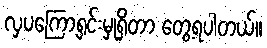
လှပကြော့ရှင်းမှုရှိတာ တွေ့ရပါတယ်။